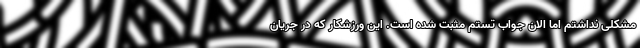
مشکلی نداشتم اما الان جواب تستم مثبت شده است. این ورزشکار که در جریان